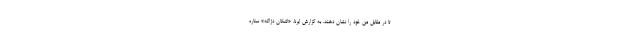
تا در مقابل من خود را نشان دهند. به گزارش ایرنا، «اشکان دژاگه» ستاره